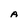
Character: A